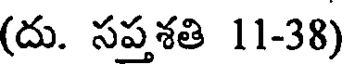
(దు. సపశతి 11-38)